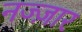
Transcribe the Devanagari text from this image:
नज्ज़ार